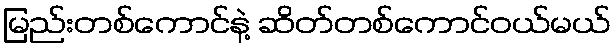
မြည်းတစ်ကောင်နဲ့ ဆိတ်တစ်ကောင်ဝယ်မယ်